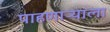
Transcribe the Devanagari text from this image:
पाहणाऱ्याला